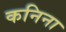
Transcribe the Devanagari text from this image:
कनिना